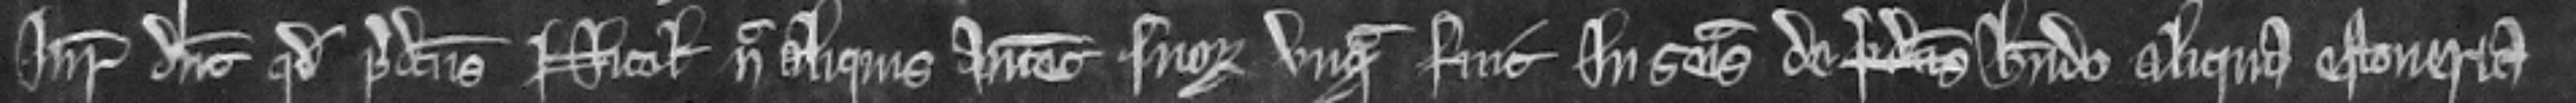
Juratores dicunt quod predictus Nicholaus nec aliquis antecessorum suorum vnquam fuit in seisina de predictis habendo aliqua estoueria